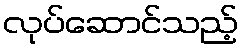
လုပ်ဆောင်သည့်